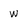
Character: w